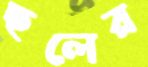
ছলের